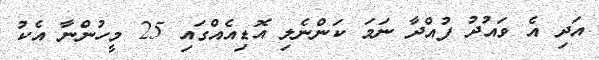
އަދި އެ ވައުދު ފުއްދާ ނަމަ ކަންނެލި އޮޑިއެއްގައި 25 މީހުންނާ އެކު